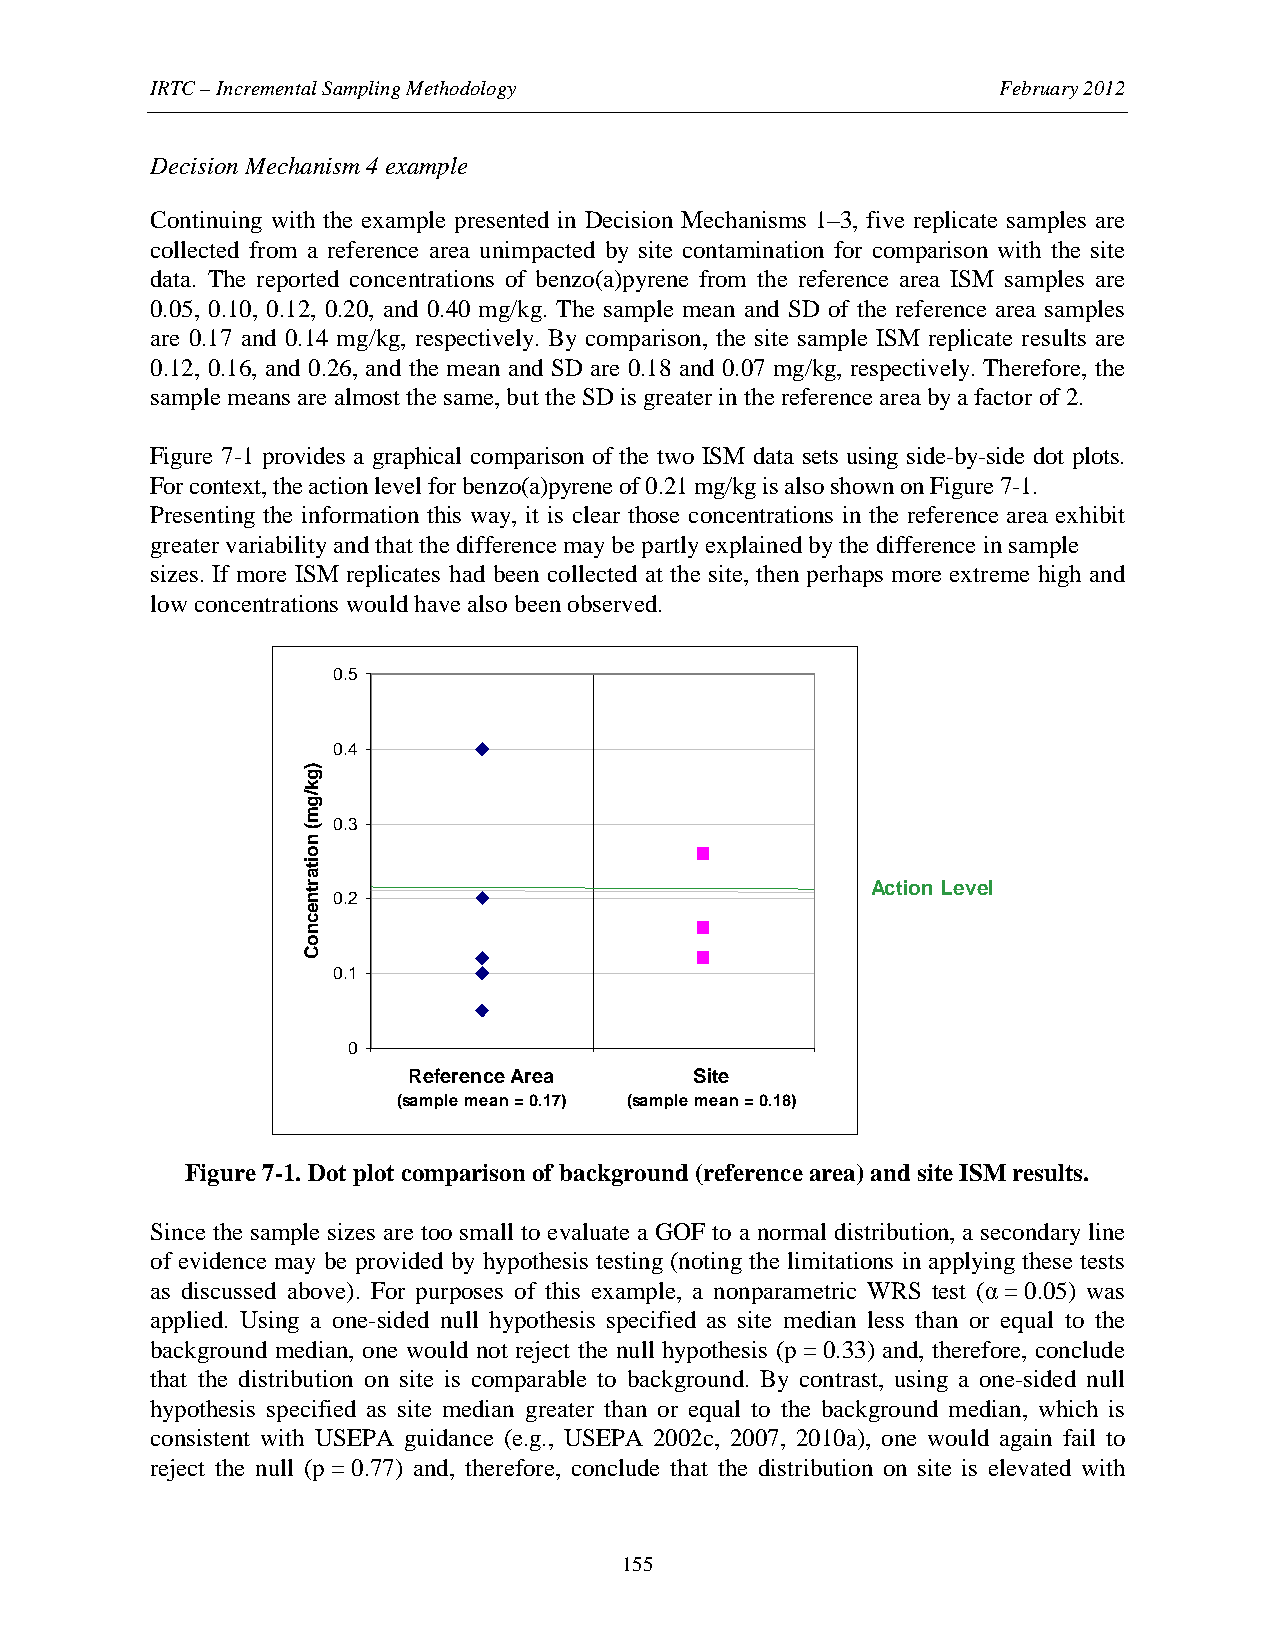
IRTC – Incremental Sampling Methodology                 February 2012
 Decision Mechanism 4 example
 Continuing with the example presented in Decision Mechanisms 1–3, five replicate samples are
 collected from a reference area unimpacted by site contamination for comparison with the site
 data. The reported concentrations of benzo(a)pyrene from the reference area ISM samples are
 0.05, 0.10, 0.12, 0.20, and 0.40 mg/kg. The sample mean and SD of the reference area samples
 are 0.17 and 0.14 mg/kg, respectively. By comparison, the site sample ISM replicate results are
 0.12, 0.16, and 0.26, and the mean and SD are 0.18 and 0.07 mg/kg, respectively. Therefore, the
 sample means are almost the same, but the SD is greater in the reference area by a factor of 2.
 Figure 7-1 provides a graphical comparison of the two ISM data sets using side-by-side dot plots.
 For context, the action level for benzo(a)pyrene of 0.21 mg/kg is also shown on Figure 7-1.
 Presenting the information this way, it is clear those concentrations in the reference area exhibit
 greater variability and that the difference may be partly explained by the difference in sample
 sizes. If more ISM replicates had been collected at the site, then perhaps more extreme high and
 low concentrations would have also been observed.
 0.5
 0.4
 0.3
 Action Level
 0.2
 0.1
 0
 Reference Area     Site
 (sample mean = 0.17) (sample mean = 0.18)
 Figure 7-1. Dot plot comparison of background (reference area) and site ISM results.
 Since the sample sizes are too small to evaluate a GOF to a normal distribution, a secondary line
 of evidence may be provided by hypothesis testing (noting the limitations in applying these tests
 as discussed above). For purposes of this example, a nonparametric WRS test (α = 0.05) was
 applied. Using a one-sided null hypothesis specified as site median less than or equal to the
 background median, one would not reject the null hypothesis (p = 0.33) and, therefore, conclude
 that the distribution on site is comparable to background. By contrast, using a one-sided null
 hypothesis specified as site median greater than or equal to the background median, which is
 consistent with USEPA guidance (e.g., USEPA 2002c, 2007, 2010a), one would again fail to
 reject the null (p = 0.77) and, therefore, conclude that the distribution on site is elevated with
 155
 )gk/gm(
 noitartnecnoC